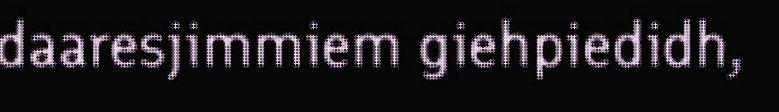
daaresjimmiem giehpiedidh,